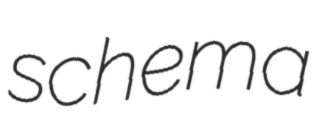
schema